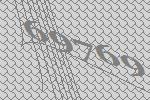
69769